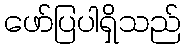
ဖော်ပြပါရှိသည်